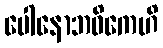
ပေါနောဘဝိကေဟိ